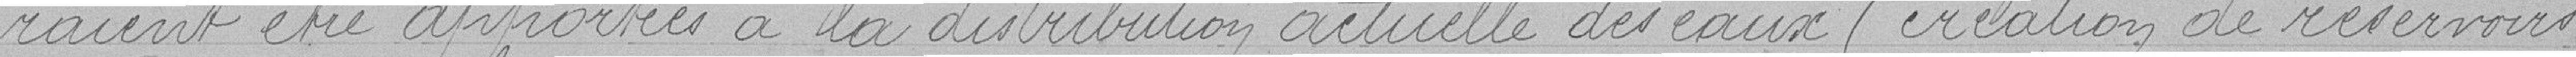
-raient être apportées à la distribution actuelle des eaux (création de réservoirs,